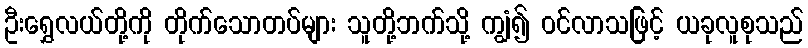
ဦးရွှေလယ်တို့ကို တိုက်သောတပ်များ သူတို့ဘက်သို့ ကျွံ၍ ဝင်လာသဖြင့် ယခုလူစုသည်